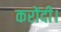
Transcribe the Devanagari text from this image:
करोंदी।